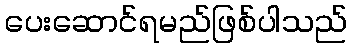
ပေးဆောင်ရမည်ဖြစ်ပါသည်